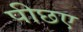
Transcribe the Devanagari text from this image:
पीछए